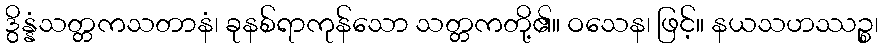
ဒွိန္နံသတ္တကသတာနံ၊ ခုနစ်ရာကုန်သော သတ္တကတို့၏။ ဝသေန၊ ဖြင့်။ နယသဟဿဉ္စ၊